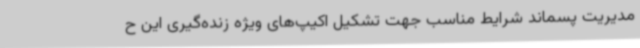
مدیریت پسماند شرایط مناسب جهت تشکیل اکیپ‌های ویژه زنده‌گیری این ح